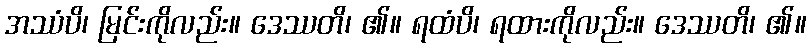
အဿံပိ၊ မြင်းကိုလည်း။ ဒေဿတိ၊ ၏။ ရထံပိ၊ ရထားကိုလည်း။ ဒေဿတိ၊ ၏။